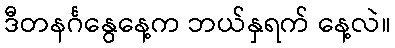
ဒီတနင်္ဂနွေနေ့က ဘယ်နှရက် နေ့လဲ။